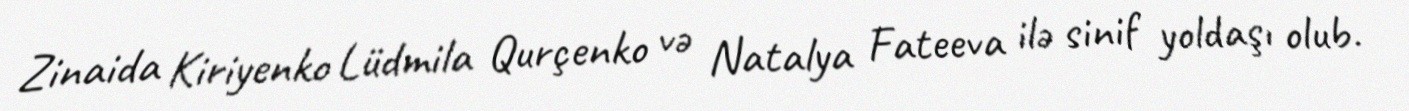
Zinaida Kiriyenko Lüdmila Qurçenko və Natalya Fateeva ilə sinif yoldaşı olub.